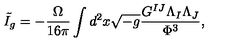
\tilde { I } _ { g } = - \frac { \Omega } { 1 6 \pi } \int d ^ { 2 } x \sqrt { - g } \frac { G ^ { I J } \Lambda _ { I } \Lambda _ { J } } { \Phi ^ { 3 } } ,